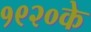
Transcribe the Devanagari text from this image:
१९२०के